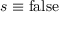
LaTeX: s \equiv \mathrm { f a l s e }